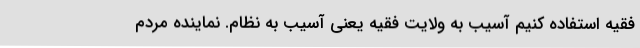
فقیه استفاده کنیم آسیب به ولایت فقیه یعنی آسیب به نظام. نماینده مردم